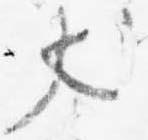
犬